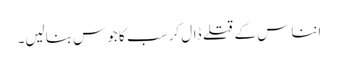
انناس کے قتلے ڈال کر سب کا جوس بنالیں۔